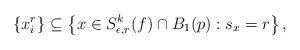
LaTeX: \begin{align*}\{x_i^r\}\subseteq \big\{x\in S^k_{\epsilon,r}(f)\cap B_1(p): s_x=r\big\}\, ,\end{align*}